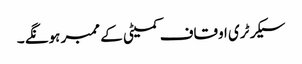
سیکرٹری اوقاف کمیٹی کے ممبر ہونگے ۔